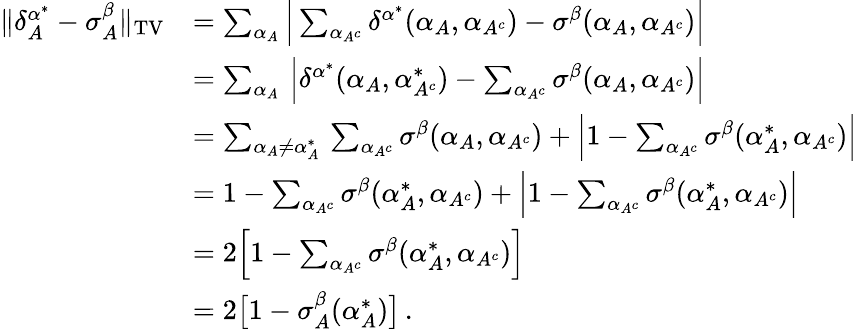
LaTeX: \begin{array}{rl}{\| \delta_{A}^{\alpha^{*}}-\sigma_{A}^{\beta}\| _{\operatorname{TV}}}&{=\sum_{\alpha_{A}}\Big|\sum_{\alpha_{A^{c}}}\delta^{\alpha^{*}}(\alpha_{A},\alpha_{A^{c}})-\sigma^{\beta}(\alpha_{A},\alpha_{A^{c}})\Big|}\\ &{=\sum_{\alpha_{A}}\, \Big|\delta^{\alpha^{*}}(\alpha_{A},\alpha_{A^{c}}^{*})-\sum_{\alpha_{A^{c}}}\sigma^{\beta}(\alpha_{A},\alpha_{A^{c}})\Big|}\\ &{=\sum_{\alpha_{A}\ne\alpha_{A}^{*}}\, \sum_{\alpha_{A^{c}}}\sigma^{\beta}(\alpha_{A},\alpha_{A^{c}})+\Big|1-\sum_{\alpha_{A^{c}}}\sigma^{\beta}(\alpha_{A}^{*},\alpha_{A^{c}})\Big|}\\ &{=1-\sum_{\alpha_{A^{c}}}\sigma^{\beta}(\alpha_{A}^{*},\alpha_{A^{c}})+\Big|1-\sum_{\alpha_{A^{c}}}\sigma^{\beta}(\alpha_{A}^{*},\alpha_{A^{c}})\Big|}\\ &{=2\Big[1-\sum_{\alpha_{A^{c}}}\sigma^{\beta}(\alpha_{A}^{*},\alpha_{A^{c}})\Big]}\\ &{=2\big[1-\sigma_{A}^{\beta}(\alpha_{A}^{*})\big]\, .}\end{array}